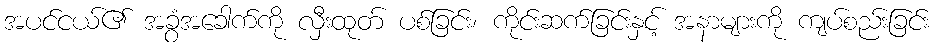
အပင်ငယ်၏ အခွံအခေါက်ကို လှီးထုတ် ပစ်ခြင်း၊ ကိုင်းဆက်ခြင်းနှင့် အနာများကို ကျပ်စည်းခြင်း